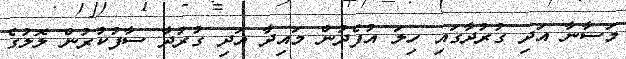
މަސާނާ އަދި ގުރުދާގައި ހިލަ އުފެދުން މައިދާ އަދި ގުރުދާ ސާފުކުރުން ލޮލުގެ